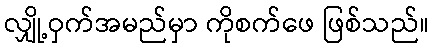
လျှို့ဝှက်အမည်မှာ ကိုစက်ဖေ ဖြစ်သည်။